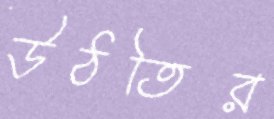
উঠতির